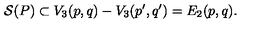
{ \cal S } ( P ) \subset V _ { 3 } ( p , q ) - V _ { 3 } ( p ^ { \prime } , q ^ { \prime } ) = E _ { 2 } ( p , q ) .